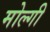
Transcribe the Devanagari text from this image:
मोल्गी